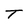
Character: T